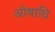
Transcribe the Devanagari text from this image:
ओषाधि